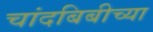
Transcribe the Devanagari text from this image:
चांदबिबीच्या